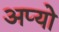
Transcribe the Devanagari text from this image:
अप्यो